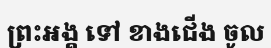
ព្រះអង្គ ទៅ ខាងជើង ចូល